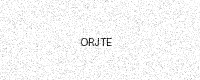
Text: ORJTE